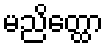
မညိတ္ထော